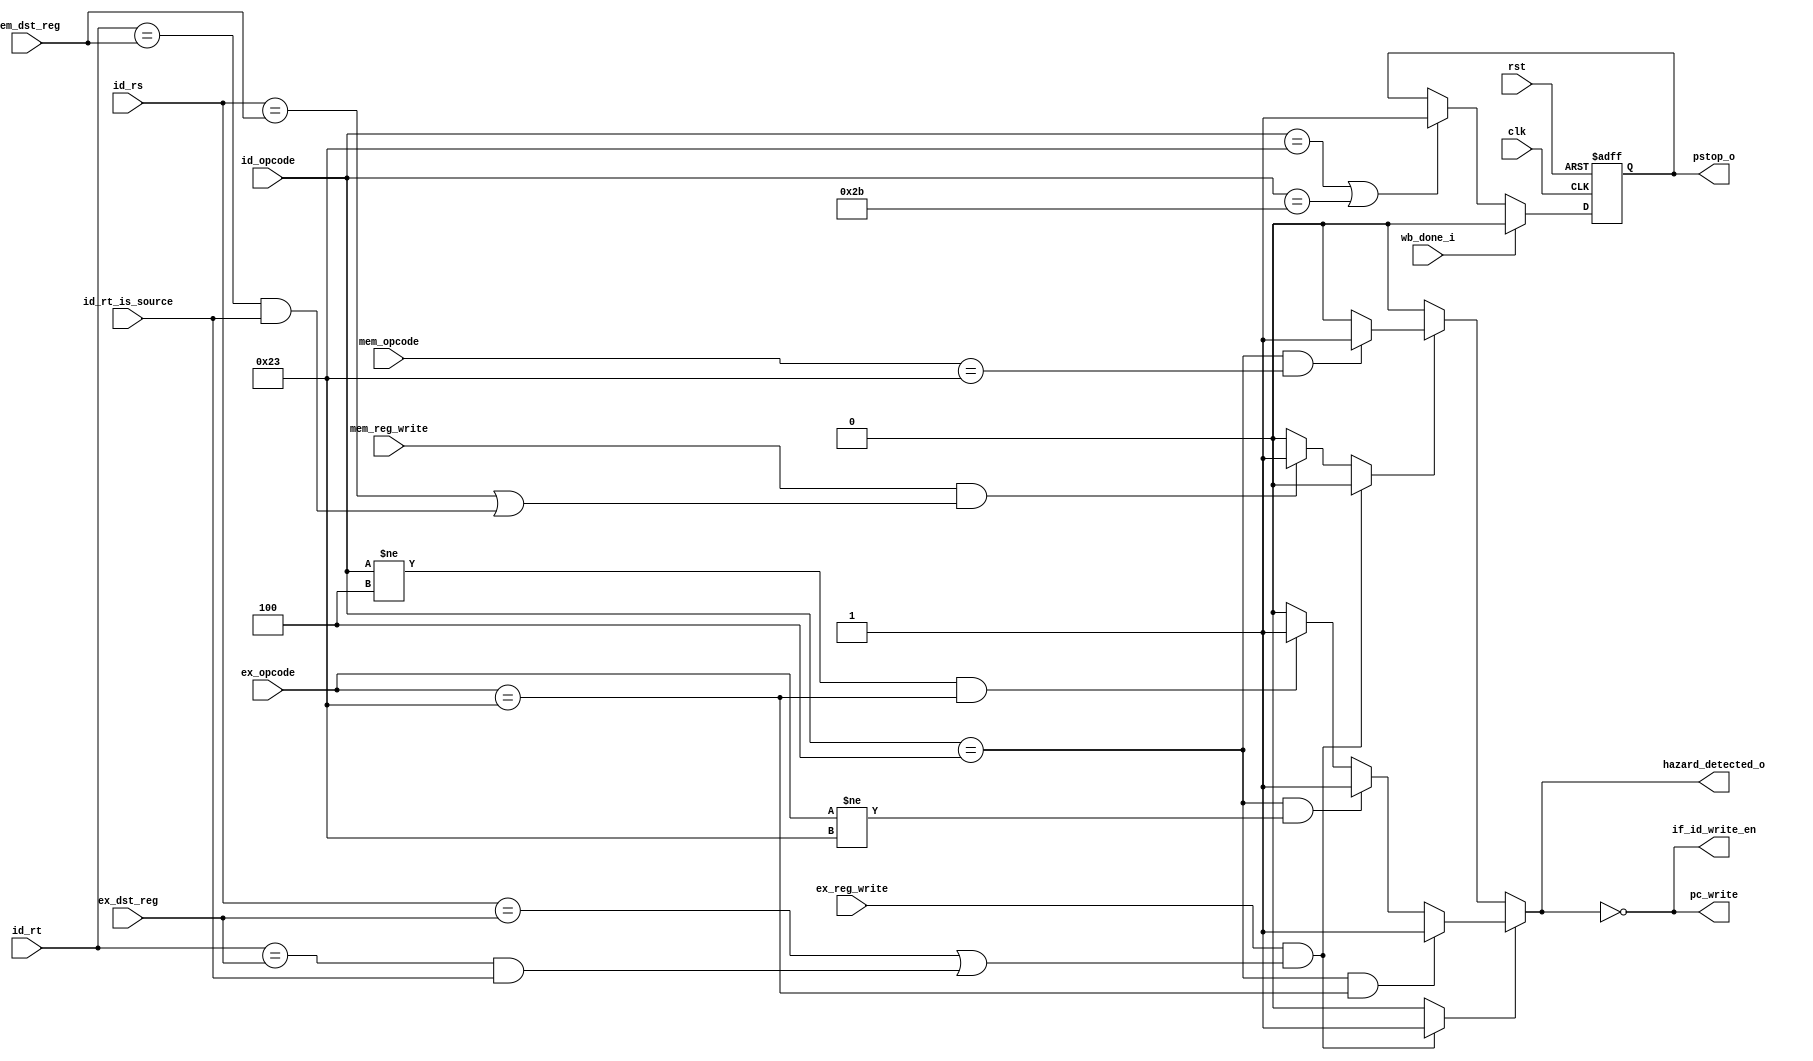
module hazard_unit_2( input       clk,       
                    input       rst,       
                    input [4:0] ex_dst_reg,
                    input [4:0] mem_dst_reg,
                    input [4:0] id_rs,
                    input [4:0] id_rt,	
                    input wb_done_i,
                    output pstop_o,
                    input [5:0] mem_opcode, 
                    input [5:0] ex_opcode, 
                    input [5:0] id_opcode,
                    input       id_rt_is_source,
                    input       ex_reg_write,
                    input       mem_reg_write,
                    output      pc_write,
                    output      if_id_write_en,
                    output      hazard_detected_o );
     localparam     LW  = 6'b100011, 
                    SW  = 6'b101011,
                    BEQ = 6'b000100;
     assign pc_write       = ~hazard_detected_o;
     assign if_id_write_en = ~hazard_detected_o;
     reg mem_wait_r;
     reg hazard_detected;
     assign hazard_detected_o = hazard_detected;
     assign pstop_o = mem_wait_r;
     always@(posedge clk, posedge rst) begin
        if(rst)  
            mem_wait_r = 0;
        else if (wb_done_i)
            mem_wait_r = 0;
        else if (id_opcode == LW || id_opcode == SW)
            mem_wait_r = (id_opcode == LW || id_opcode == SW);
     end
     reg [1:0] coincidence;
     always @* begin
          coincidence = 0;
          if (ex_reg_write && ( (id_rs == ex_dst_reg) | ( (id_rt == ex_dst_reg) && id_rt_is_source)))
               coincidence[0] = 1'b1;
          else if (mem_reg_write && ( (id_rs == mem_dst_reg) | ( (id_rt == mem_dst_reg) && id_rt_is_source)))
               coincidence[1] = 1'b1;        
     end
     always @* begin
          hazard_detected = 0;
          if (coincidence [0]) begin
               if ( id_opcode == BEQ && ex_opcode == LW )
                    hazard_detected = 1;
               else if ( id_opcode == BEQ && ex_opcode != LW)
                    hazard_detected = 1;
               else if ( id_opcode != BEQ && ex_opcode == LW)
                    hazard_detected = 1;             
          end
          else if (coincidence [1]) begin
               if (id_opcode == BEQ && mem_opcode == LW)
                    hazard_detected = 1;             
          end
     end
endmodule